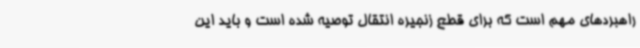
راهبردهای مهم است که برای قطع زنجیره انتقال توصیه شده است و باید این